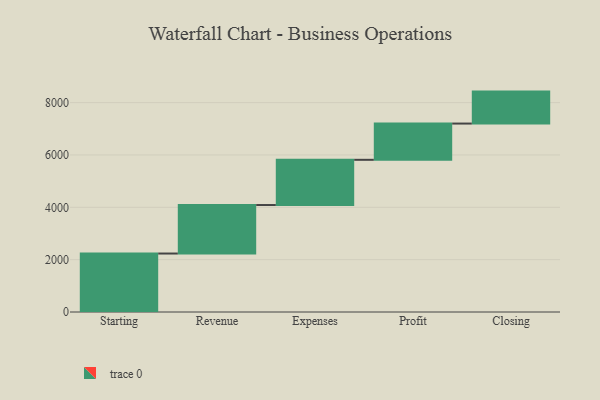
{"axis": {"x": "Step", "y": "Value"}, "legend": [""], "data": [{"x": "Starting", "y": 2234.0, "type": ""}, {"x": "Revenue", "y": 1853.0, "type": ""}, {"x": "Expenses", "y": 1728.0, "type": ""}, {"x": "Profit", "y": 1385.0, "type": ""}, {"x": "Closing", "y": 1221.0, "type": ""}]}